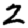
Digit: 2